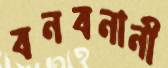
বনবনানী